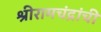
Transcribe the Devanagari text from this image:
श्रीरामचंद्रांची